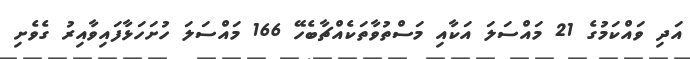
އަދި ވައްކަމުގެ 21 މައްސަލަ އަކާއި މަސްތުވާތަކެއްޗާބެހޭ 166 މައްސަލަ ހުށަހަޅާފައިވާއިރު ގެވެށި